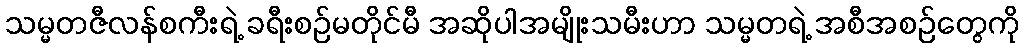
သမ္မတဇီလန်စကီးရဲ့ ခရီးစဉ်မတိုင်မီ အဆိုပါအမျိုးသမီးဟာ သမ္မတရဲ့ အစီအစဉ်တွေကို